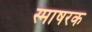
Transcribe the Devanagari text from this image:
स्माषरक